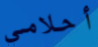
أحلامي